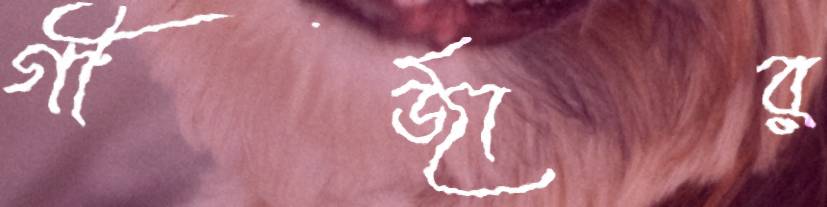
গীর্জার